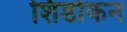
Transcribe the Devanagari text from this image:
शिडोकन